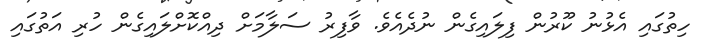
ހިތުގައި އެޅުނު ކޫރުން ފިލައިގެން ނުދެއެވެ. ވާފިރު ސަލާމަށް ދިއްކޮށްލައިގެން ހުރި އަތުގައި